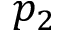
p _ { 2 }